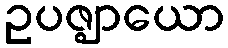
ဥပဇ္ဈာယော